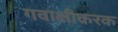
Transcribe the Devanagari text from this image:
गवाक्षीकरक